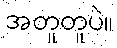
အတူတူပဲ။